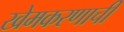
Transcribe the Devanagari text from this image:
खेमकरणाची